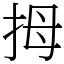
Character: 拇